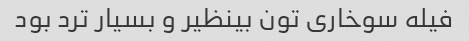
فیله سوخاری تون بینظیر و بسیار ترد بود